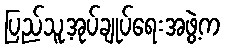
ပြည်သူ့အုပ်ချုပ်ရေးအဖွဲ့က